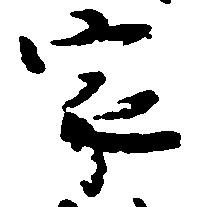
家